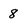
Character: 8